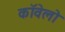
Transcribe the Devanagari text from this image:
कॉवेलो